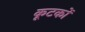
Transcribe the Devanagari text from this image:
कूटकों